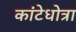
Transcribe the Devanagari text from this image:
कांटेधोत्रा